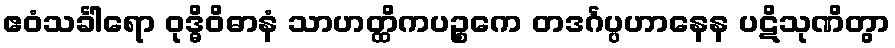
ဧဝံသင်္ခါရော ဝုဒ္ဓိဝိဓာနံ သာဟတ္ထိကပဉ္စကေ တဒင်္ဂပ္ပဟာနေန ပဋိသုဏိတွာ